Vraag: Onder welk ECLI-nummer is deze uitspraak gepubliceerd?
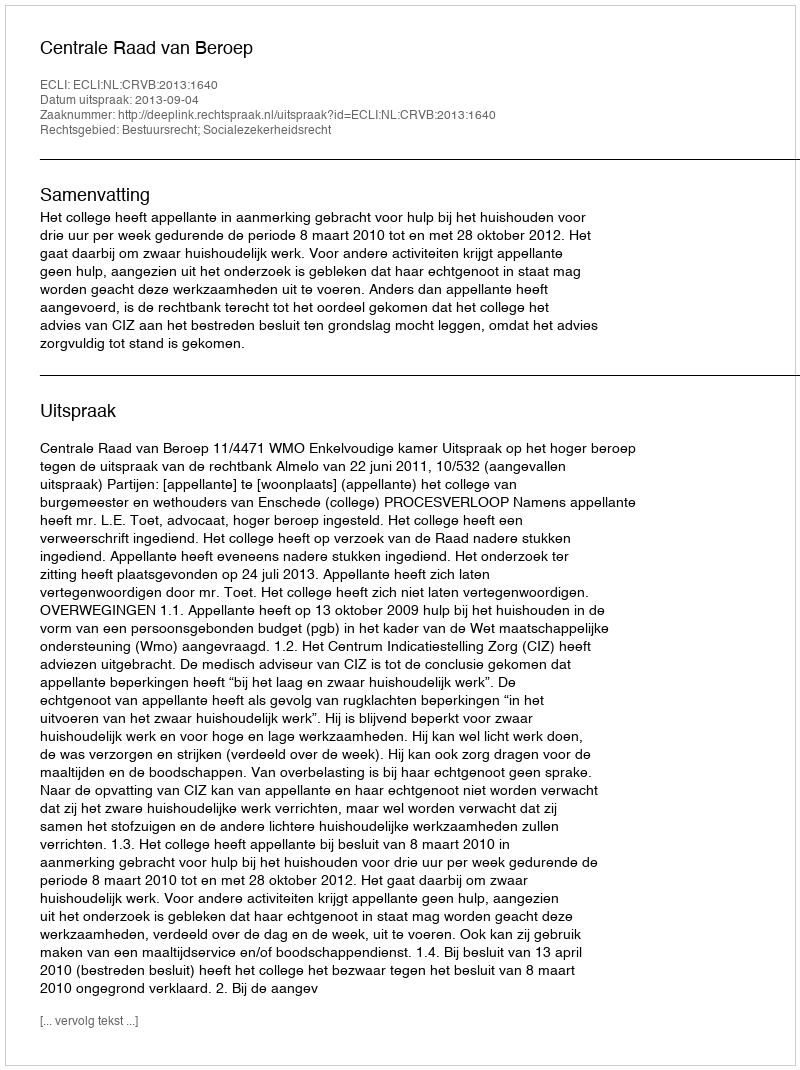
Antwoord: ECLI:NL:CRVB:2013:1640